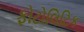
ફોટોલિટિક